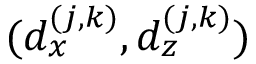
( d _ { x } ^ { ( j , k ) } , d _ { z } ^ { ( j , k ) } )